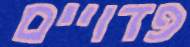
פדויים